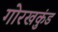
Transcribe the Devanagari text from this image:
गोरखकुंड